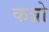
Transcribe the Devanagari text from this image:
कब्रो